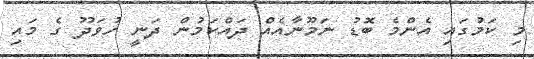
މި ކަމުގައި އެންމެ ބޮޑު ނަމޫނާއެއް ދައްކަމުން ދަނީ ހުވަދޫ ގެ މައި